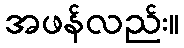
အဖန်လည်း။